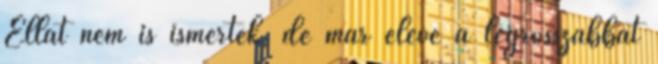
Ellát nem is ismerték, de már eleve a legrosszabbat